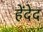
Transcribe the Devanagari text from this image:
हेंदेद